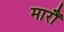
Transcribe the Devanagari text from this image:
मारौं